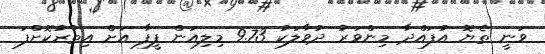
ވަނީ ތެޔޮ އުފައްދާ މިންވަރު ދުވާލަކު 9.73 މިލިއަން ފީފާ އަށް އިތުރުކޮށްފަ